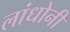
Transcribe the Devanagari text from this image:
लांधोनी